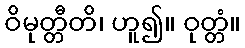
ဝိမုတ္တီတိ၊ ဟူ၍။ ဝုတ္တံ။